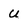
Character: U